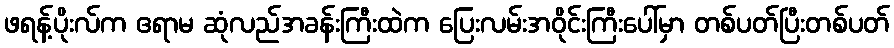
ဖရန့်ပိုးလ်က ဧရာမ ဆုံလည်အခန်းကြီးထဲက ပြေးလမ်းအဝိုင်းကြီးပေါ်မှာ တစ်ပတ်ပြီးတစ်ပတ်